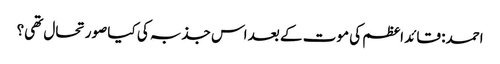
احمد: قائد اعظم کی موت کے بعد اس جذبہ کی کیا صورتحال تھی؟